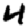
Digit: 4